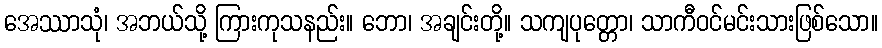
အေဿာသုံ၊ အဘယ်သို့ ကြားကုသနည်း။ ဘော၊ အချင်းတို့။ သကျပုတ္တော၊ သာကီဝင်မင်းသားဖြစ်သော။